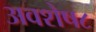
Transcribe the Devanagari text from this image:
अवशेष८